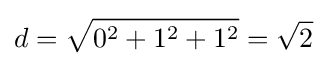
d={\sqrt {0^{2}+1^{2}+1^{2}}}={\sqrt {2}}